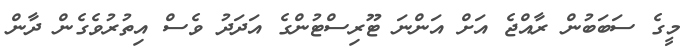
މީގެ ސަބަބުން ރާއްޖެ އަށް އަންނަ ޓޫރިސްޓުންގެ އަދަދު ވެސް އިތުރުވެގެން ދާން